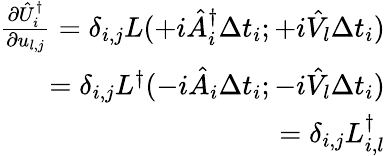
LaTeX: \begin{array}{r}{\frac{\partial\hat{U}_{i}^{\dagger}}{\partial{u}_{l,j}}=\delta_{i,j}L(+i\hat{A}_{i}^{\dagger}\Delta t_{i};+i\hat{V_{l}}\Delta t_{i})}\\ {=\delta_{i,j}L^{\dagger}(-i\hat{A}_{i}\Delta t_{i};-i\hat{V_{l}}\Delta t_{i})}\\ {=\delta_{i,j}L_{i,l}^{\dagger}}\end{array}